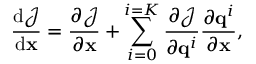
\frac { \mathrm { d } \mathcal { J } } { \mathrm { d } \ensuremath { \mathbf { x } } } = \ensuremath { \frac { \partial \mathcal { J } } { \partial \ensuremath { \mathbf { x } } } } + \sum _ { i = 0 } ^ { i = K } \ensuremath { \frac { \partial \mathcal { J } } { \partial \mathbf { q } ^ { i } } } \ensuremath { \frac { \partial \mathbf { q } ^ { i } } { \partial \ensuremath { \mathbf { x } } } } ,